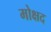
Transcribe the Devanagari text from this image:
मोक्षद